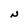
Character: N